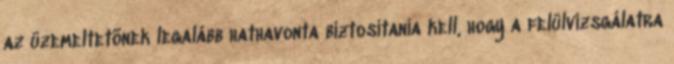
az üzemeltetõnek legalább hathavonta biztosítania kell, hogy a felülvizsgálatra